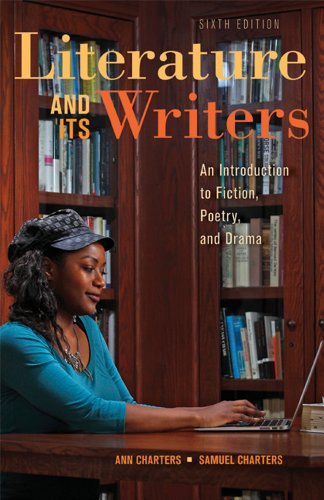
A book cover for Literature and Its Writers: A Compact Introduction to Fiction, Poetry, and Drama; Ann Charters; Literature & Fiction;